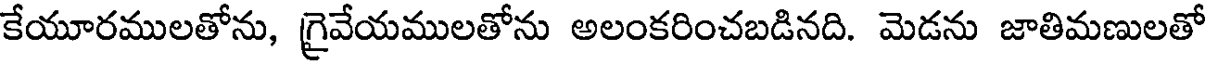
కేయూరములతోను, గ్రైవేయములతోను అలంకరించబడినది. మెడను జాతిమణులతో